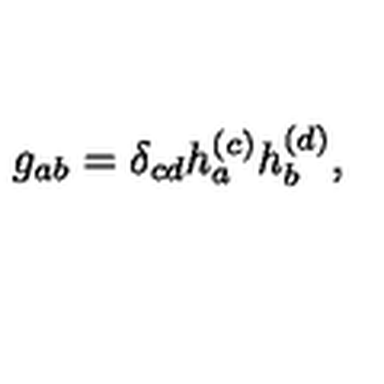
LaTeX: g _ { a b } = \delta _ { c d } h _ { a } ^ { ( c ) } h _ { b } ^ { ( d ) } ,